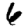
Digit: 6